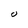
Character: o